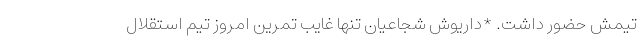
تیمش حضور داشت. *داریوش شجاعیان تنها غایب تمرین امروز تیم استقلال